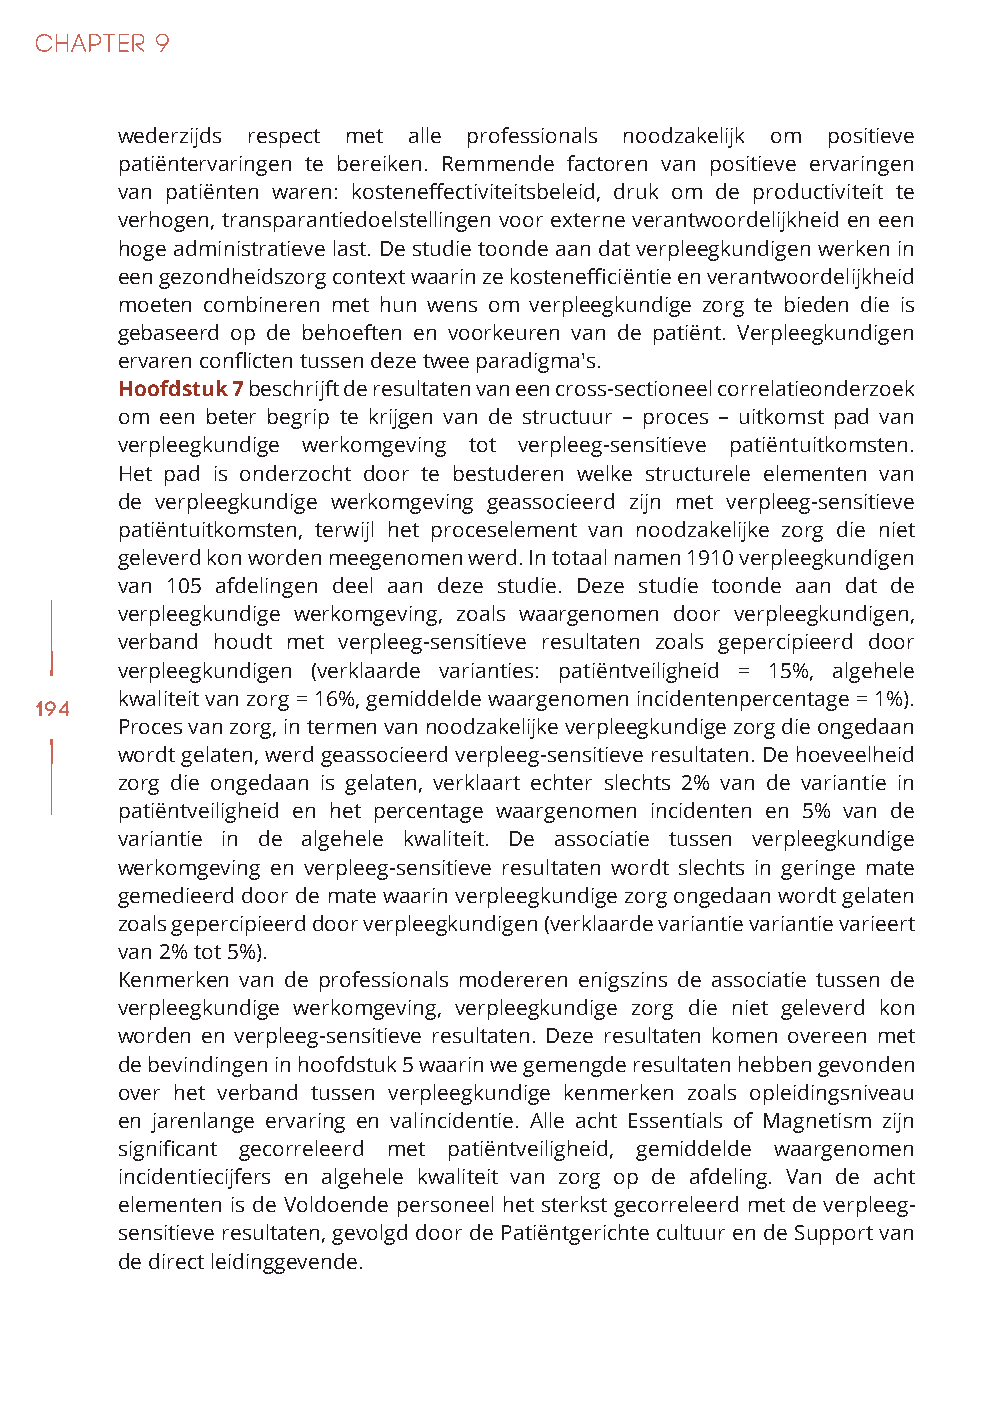
wederzijds respect met alle professionals noodzakelijk om positieve
 patiëntervaringen te bereiken. Remmende factoren van positieve ervaringen
 van patiënten waren: kosteneffectiviteitsbeleid, druk om de productiviteit te
 verhogen, transparantiedoelstellingen voor externe verantwoordelijkheid en een
 hoge administratieve last. De studie toonde aan dat verpleegkundigen werken in
 een gezondheidszorg context waarin ze kostenefficiëntie en verantwoordelijkheid
 moeten combineren met hun wens om verpleegkundige zorg te bieden die is
 gebaseerd op de behoeften en voorkeuren van de patiënt. Verpleegkundigen
 ervaren conflicten tussen deze twee paradigma's.
 Hoofdstuk 7 beschrijft de resultaten van een cross-sectioneel correlatieonderzoek
 om een beter begrip te krijgen van de structuur – proces – uitkomst pad van
 verpleegkundige werkomgeving tot verpleeg-sensitieve patiëntuitkomsten.
 Het pad is onderzocht door te bestuderen welke structurele elementen van
 de verpleegkundige werkomgeving geassocieerd zijn met verpleeg-sensitieve
 patiëntuitkomsten, terwijl het proceselement van noodzakelijke zorg die niet
 geleverd kon worden meegenomen werd. In totaal namen 1910 verpleegkundigen
 van 105 afdelingen deel aan deze studie. Deze studie toonde aan dat de
 verpleegkundige werkomgeving, zoals waargenomen door verpleegkundigen,
 verband houdt met verpleeg-sensitieve resultaten zoals gepercipieerd door
 verpleegkundigen (verklaarde varianties: patiëntveiligheid = 15%, algehele
 kwaliteit van zorg = 16%, gemiddelde waargenomen incidentenpercentage = 1%).
 194
 Proces van zorg, in termen van noodzakelijke verpleegkundige zorg die ongedaan
 wordt gelaten, werd geassocieerd verpleeg-sensitieve resultaten. De hoeveelheid
 zorg die ongedaan is gelaten, verklaart echter slechts 2% van de variantie in
 patiëntveiligheid en het percentage waargenomen incidenten en 5% van de
 variantie in de algehele kwaliteit. De associatie tussen verpleegkundige
 werkomgeving en verpleeg-sensitieve resultaten wordt slechts in geringe mate
 gemedieerd door de mate waarin verpleegkundige zorg ongedaan wordt gelaten
 zoals gepercipieerd door verpleegkundigen (verklaarde variantie variantie varieert
 van 2% tot 5%).
 Kenmerken van de professionals modereren enigszins de associatie tussen de
 verpleegkundige werkomgeving, verpleegkundige zorg die niet geleverd kon
 worden en verpleeg-sensitieve resultaten. Deze resultaten komen overeen met
 de bevindingen in hoofdstuk 5 waarin we gemengde resultaten hebben gevonden
 over het verband tussen verpleegkundige kenmerken zoals opleidingsniveau
 en jarenlange ervaring en valincidentie. Alle acht Essentials of Magnetism zijn
 significant gecorreleerd met patiëntveiligheid, gemiddelde waargenomen
 incidentiecijfers en algehele kwaliteit van zorg op de afdeling. Van de acht
 elementen is de Voldoende personeel het sterkst gecorreleerd met de verpleeg-
 sensitieve resultaten, gevolgd door de Patiëntgerichte cultuur en de Support van
 de direct leidinggevende.